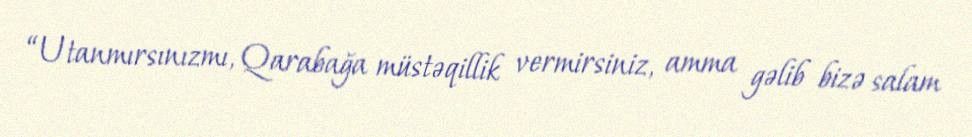
“Utanmırsınızmı, Qarabağa müstəqillik vermirsiniz, amma gəlib bizə salam